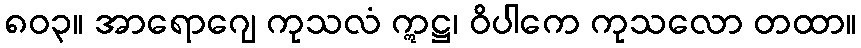
၈၀၃။ အာရောဂျေ ကုသလံ ဣဋ္ဌ၊ ဝိပါကေ ကုသလော တထာ။